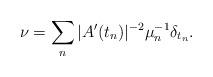
LaTeX: \begin{align*}\nu = \sum_n |A'(t_n)|^{-2} \mu_n^{-1} \delta_{t_n}.\end{align*}